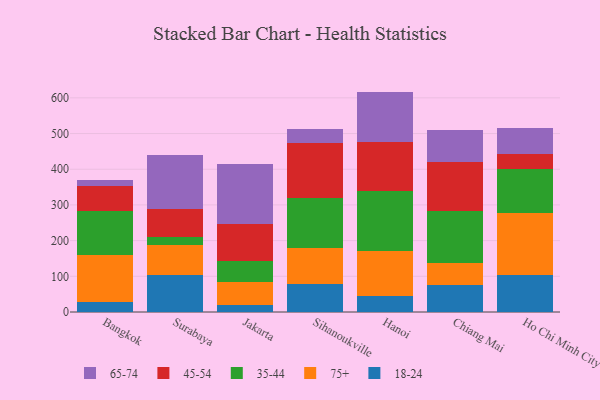
{"axis": {"x": "City", "y": "Backlog"}, "legend": ["18-24", "35-44", "45-54", "65-74", "75+"], "data": [{"x": "Bangkok", "y": 28.8, "type": "18-24"}, {"x": "Bangkok", "y": 129.7, "type": "75+"}, {"x": "Bangkok", "y": 124.1, "type": "35-44"}, {"x": "Bangkok", "y": 70.4, "type": "45-54"}, {"x": "Bangkok", "y": 18.2, "type": "65-74"}, {"x": "Surabaya", "y": 102.6, "type": "18-24"}, {"x": "Surabaya", "y": 84.8, "type": "75+"}, {"x": "Surabaya", "y": 22.5, "type": "35-44"}, {"x": "Surabaya", "y": 77.3, "type": "45-54"}, {"x": "Surabaya", "y": 151.8, "type": "65-74"}, {"x": "Jakarta", "y": 18.3, "type": "18-24"}, {"x": "Jakarta", "y": 65.2, "type": "75+"}, {"x": "Jakarta", "y": 59.3, "type": "35-44"}, {"x": "Jakarta", "y": 103.9, "type": "45-54"}, {"x": "Jakarta", "y": 167.2, "type": "65-74"}, {"x": "Sihanoukville", "y": 78.6, "type": "18-24"}, {"x": "Sihanoukville", "y": 101.7, "type": "75+"}, {"x": "Sihanoukville", "y": 139.0, "type": "35-44"}, {"x": "Sihanoukville", "y": 155.4, "type": "45-54"}, {"x": "Sihanoukville", "y": 38.4, "type": "65-74"}, {"x": "Hanoi", "y": 44.1, "type": "18-24"}, {"x": "Hanoi", "y": 126.3, "type": "75+"}, {"x": "Hanoi", "y": 168.8, "type": "35-44"}, {"x": "Hanoi", "y": 137.5, "type": "45-54"}, {"x": "Hanoi", "y": 140.8, "type": "65-74"}, {"x": "Chiang Mai", "y": 76.1, "type": "18-24"}, {"x": "Chiang Mai", "y": 60.6, "type": "75+"}, {"x": "Chiang Mai", "y": 145.4, "type": "35-44"}, {"x": "Chiang Mai", "y": 137.2, "type": "45-54"}, {"x": "Chiang Mai", "y": 91.3, "type": "65-74"}, {"x": "Ho Chi Minh City", "y": 105.0, "type": "18-24"}, {"x": "Ho Chi Minh City", "y": 172.1, "type": "75+"}, {"x": "Ho Chi Minh City", "y": 123.9, "type": "35-44"}, {"x": "Ho Chi Minh City", "y": 42.1, "type": "45-54"}, {"x": "Ho Chi Minh City", "y": 72.4, "type": "65-74"}]}